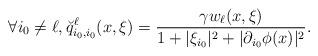
LaTeX: \begin{align*} \forall i_{0} \neq \ell , \breve{q}^{\ell}_{i_{0} , i_{0}} ( x , \xi ) = \frac{\gamma w_{\ell} ( x , \xi )}{1 + \vert \xi_{i_{0}} \vert^{2} + \vert \partial_{i_{0}} \phi (x) \vert^{2}} .\end{align*}